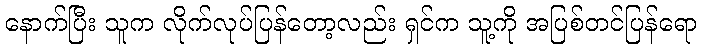
နောက်ပြီး သူက လိုက်လုပ်ပြန်တော့လည်း ရှင်က သူ့ကို အပြစ်တင်ပြန်ရော